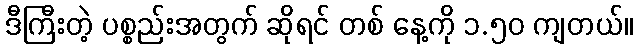
ဒီကြီးတဲ့ ပစ္စည်းအတွက် ဆိုရင် တစ် နေ့ကို ၁.၅၀ ကျတယ်။